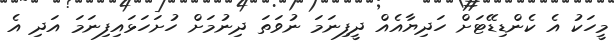
މީހަކު އެ ކެންޑިޑޭޓަށް ހަދިޔާއެއް ދީފިނަމަ ނުވަތަ ދިނުމަށް ހުށަހަޅައިފިނަމަ އަދި އެ